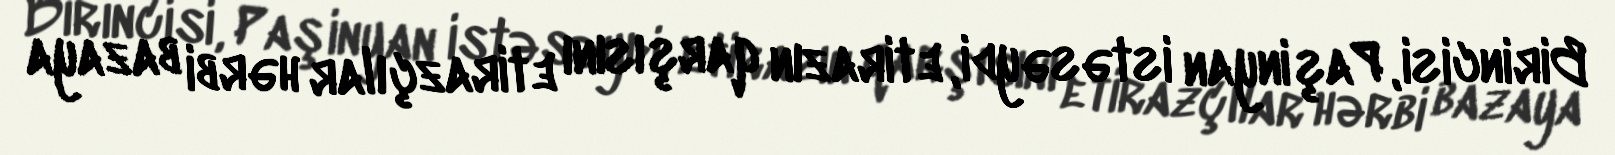
Birincisi, Paşinyan istəsəydi, etirazın qarşısını etirazçılar hərbi bazaya